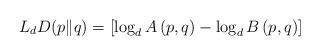
LaTeX: \begin{align*}L_{d}D(p\|q)=\left[\log_{d} A\left(p,q\right)-\log_{d} B\left(p,q\right)\right]\end{align*}